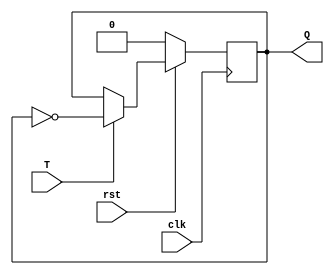
module TFF
(
	T,
	clk,
	Q,
	rst
);

	input T, clk, rst;
	output reg Q;

	always @(posedge clk)
	begin
	if(~rst)
		Q <= 1'b0;
	else if(T)
		Q <= ~Q;
	end

endmodule